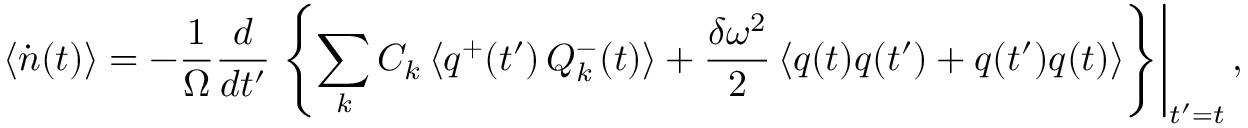
\left< \dot { n } ( t ) \right> = - \frac { 1 } { \Omega } \frac { d } { d t ^ { \prime } } \left. \left\{ \sum _ { k } C _ { k } \left< q ^ { + } ( t ^ { \prime } ) \, Q _ { k } ^ { - } ( t ) \right> + \frac { \delta \omega ^ { 2 } } { 2 } \left< q ( t ) q ( t ^ { \prime } ) + q ( t ^ { \prime } ) q ( t ) \right> \right\} \right| _ { t ^ { \prime } = t } ,